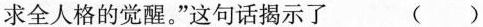
求全人格的觉醒。”这句话揭示了 （）